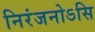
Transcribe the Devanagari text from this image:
निरंजनोऽसि